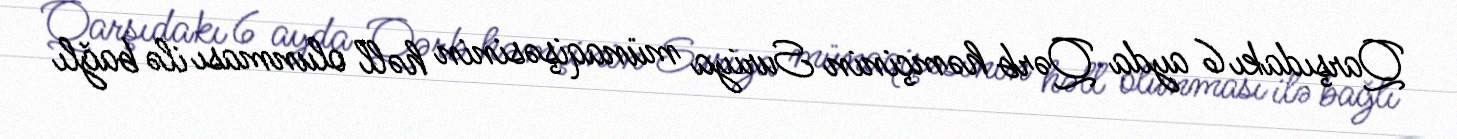
Qarşıdakı 6 ayda Qərb həmçinin Suriya münaqişəsinin həll olunması ilə bağlı